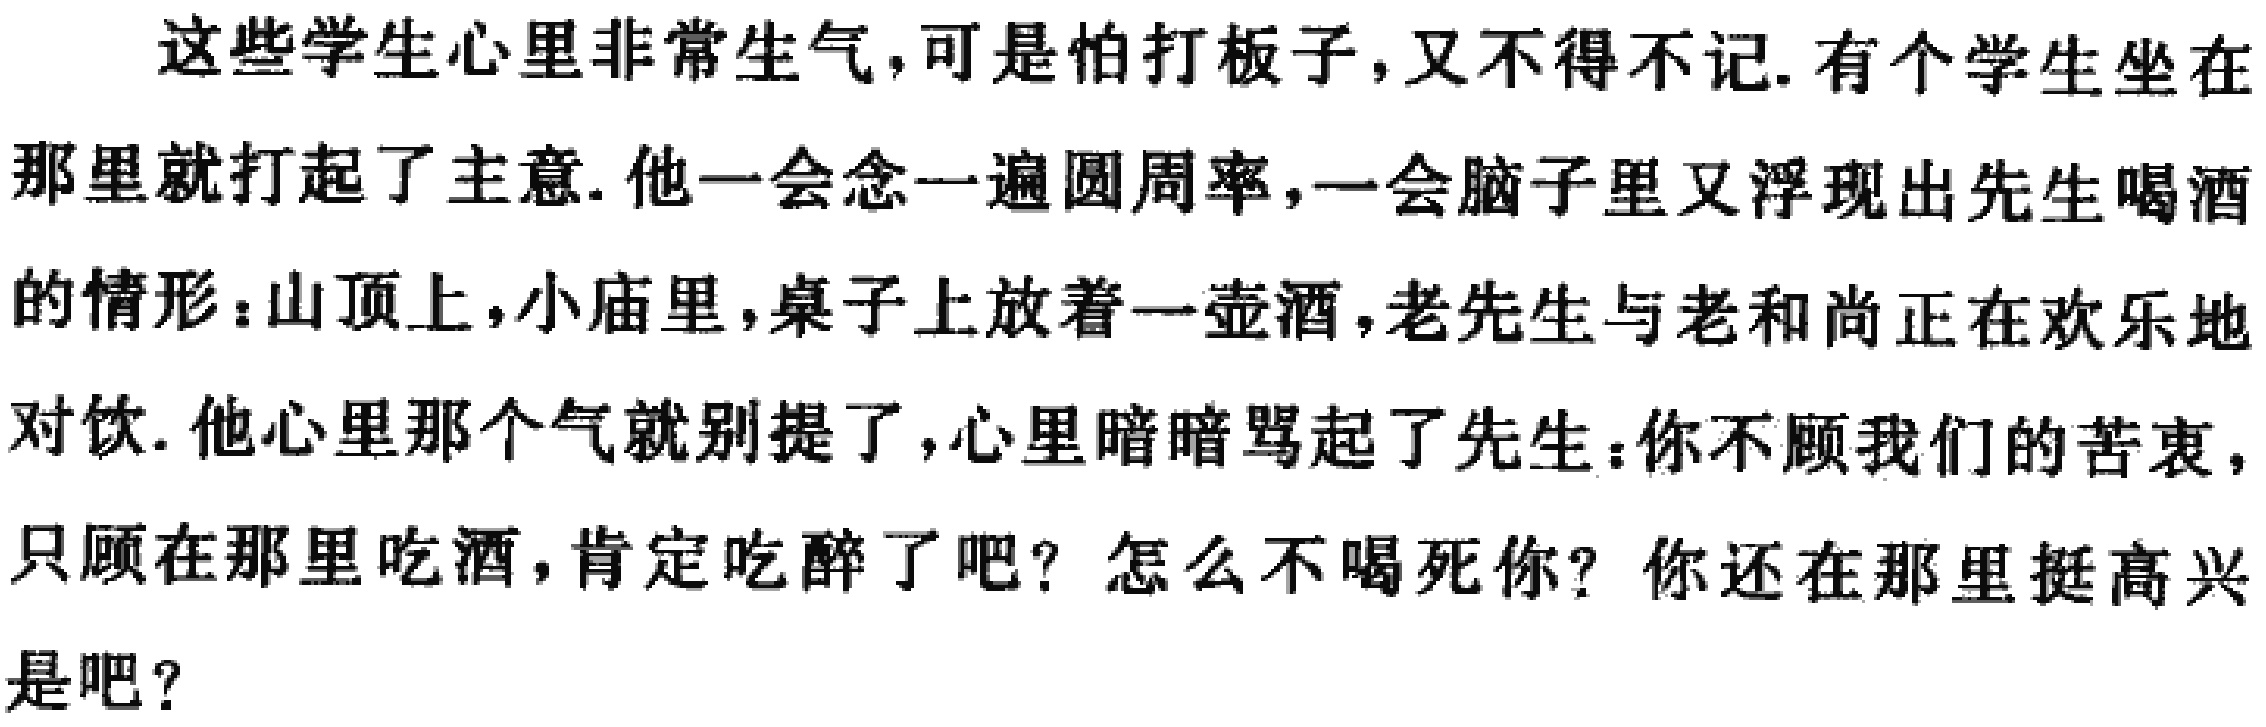
这些学生心里非常生气, 可是怕打板子, 又不得不记. 有个学生坐在那里就打起了主意. 他一会念一遍圆周率, 一会脑子里又浮现出先生喝酒的情形：山顶上, 小庙里, 桌子上放着一壶酒, 老先生与老和尚正在欢乐地对饮. 他心里那个气就别提了, 心里暗暗骂起了先生：你不顾我们的苦衷, 只顾在那里吃酒, 肯定吃醉了吧？怎么不喝死你？你还在那里挺高兴是吧？